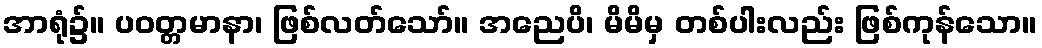
အာရုံ၌။ ပဝတ္တမာနာ၊ ဖြစ်လတ်သော်။ အညေပိ၊ မိမိမှ တစ်ပါးလည်း ဖြစ်ကုန်သော။